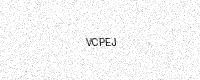
Text: VCPEJ